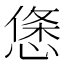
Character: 𢟂